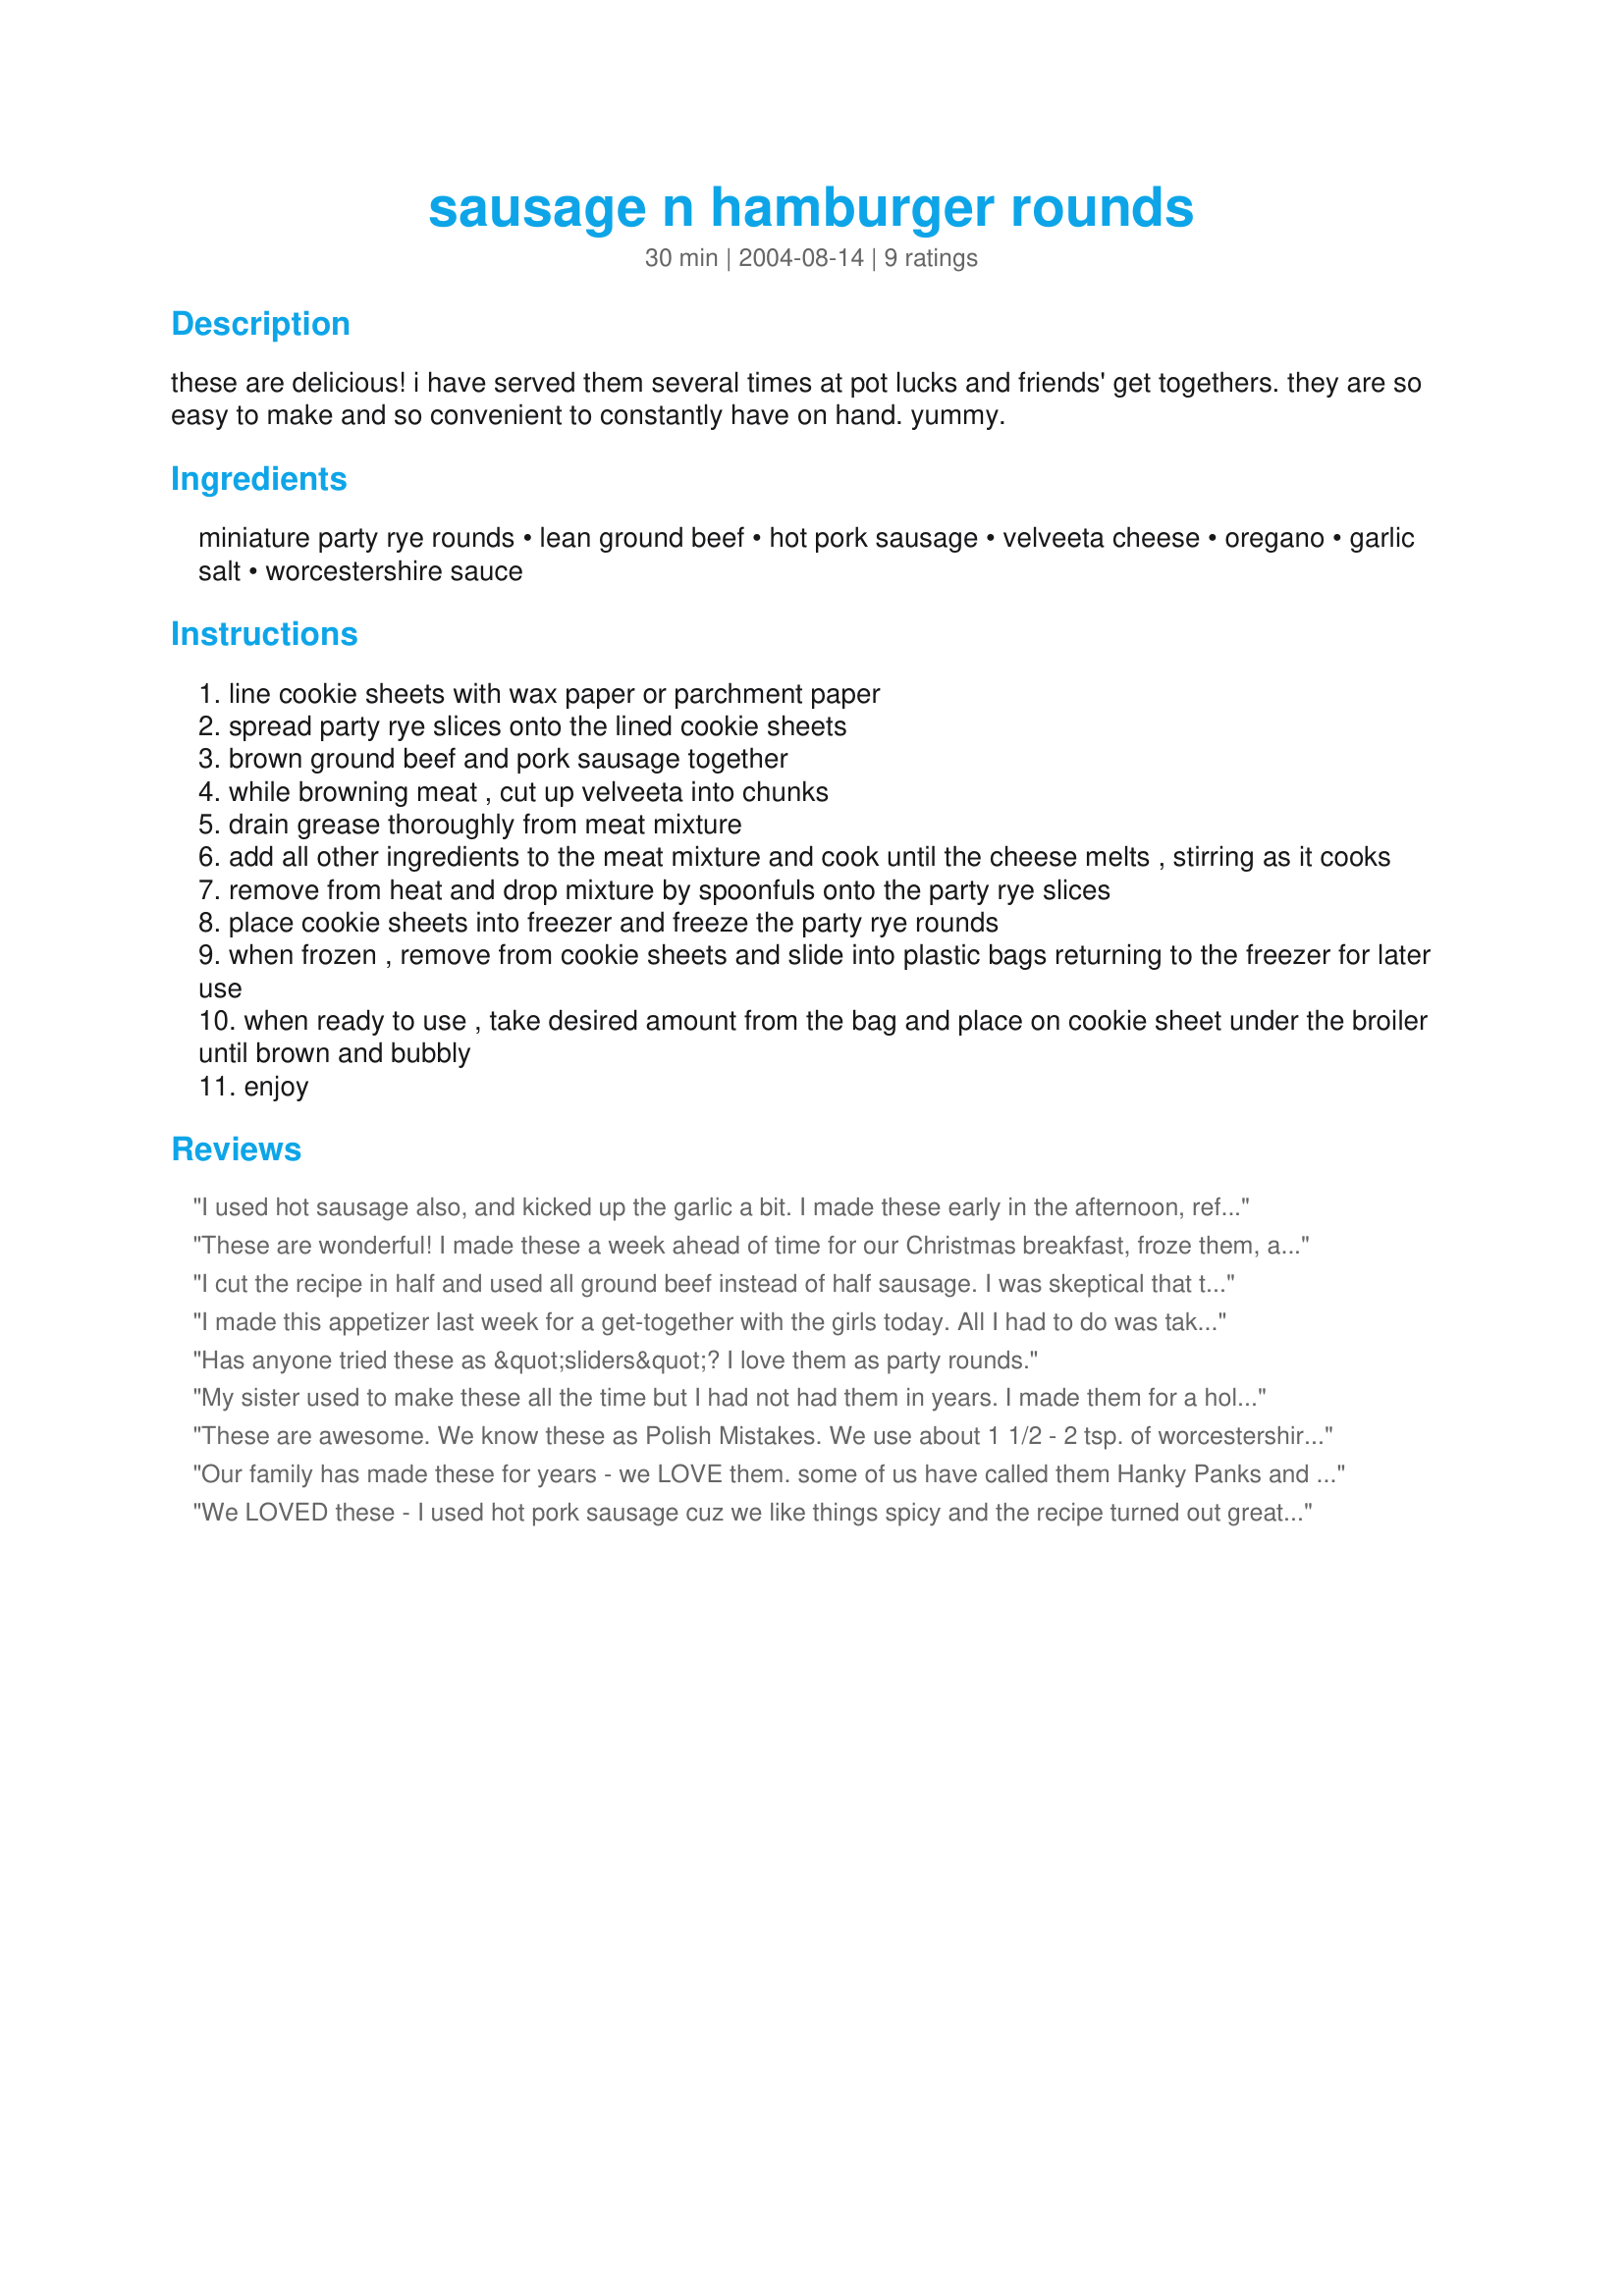
sausage n hamburger rounds
Preparation time: 30 minutes

these are delicious! i have served them several times at pot lucks and friends' get togethers. they are so easy to make and so convenient to constantly have on hand. yummy.

Ingredients:
miniature party rye rounds, lean ground beef, hot pork sausage, velveeta cheese, oregano, garlic salt, worcestershire sauce

Steps:
line cookie sheets with wax paper or parchment paper
spread party rye slices onto the lined cookie sheets
brown ground beef and pork sausage together
while browning meat , cut up velveeta into chunks
drain grease thoroughly from meat mixture
add all other ingredients to the meat mixture and cook until the cheese melts , stirring as it cooks
remove from heat and drop mixture by spoonfuls onto the party rye slices
place cookie sheets into freezer and freeze the party rye rounds
when frozen , remove from cookie sheets and slide into plastic bags returning to the freezer for later use
when ready to use , take desired amount from the bag and place on cookie sheet under the broiler until brown and bubbly
enjoy

Reviews:
I used hot sausage also, and kicked up the garlic a bit. I made these early in the afternoon, refrigerated on my cookie sheets, & then broiled before serving with our Christmas Eve appys. The broiling definitely is the way to go, as it adds a crunch that makes that rye bread even better! My stepdad also ate the leftovers cold for breakfast the next day -- he gave a thumbs up then too :) Thanks!
These are wonderful! I made these a week ahead of time for our Christmas breakfast, froze them, and just tossed them under the broiler for about 5 minutes, and we had a tasty breakfast ready for us. The bread that wasn't completely covered by the meat mixture did burn a bit, so on the second batch I lowered my rack in the oven to the 2nd highest level and didn't have a problem. I will definitally be making these again. Thanks!
I cut the recipe in half and used all ground beef instead of half sausage. I was skeptical that the cheese amount listed was enough, but it came together nicely. I have about 20 of these still in the freezer and I've been grabbing them for quick lunches. I do think that I put too much filling on each round, as they don't heat through before the bread starts to burn, so next time I will adjust that. Made for Photo Tag
I made this appetizer last week for a get-together with the girls today. All I had to do was take them out of the freezer and put them under the broiler. This is a great make-ahead appetizer. I added chopped onion to the meat mixture while browning. Thanks AGAIN AnnetteMarie.

Has anyone tried these as &quot;sliders&quot;? I love them as party rounds.
My sister used to make these all the time but I had not had them in years. I made them for a holiday party for my girlfriends and they went very quickly. My husband also snuck a couple and loved them.
These are awesome. We know these as Polish Mistakes. We use about 1 1/2 - 2 tsp. of worcestershire sauce.
Our family has made these for years - we LOVE them. some of us have called them Hanky Panks and others call them Firehouse pizzas. Along with ham, roast beef, shrimp and all kinds of other stuff on Christmas eve, we STILL go through a triple batch of these ! ! ! I make them for Super Bowl parties and make a double batch and put in a LOT more Worcestershire sauce ! ! !
We LOVED these - I used hot pork sausage cuz we like things spicy and the recipe turned out great. Thank you sooooooooo much.
